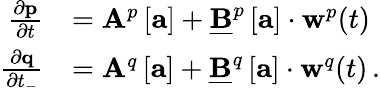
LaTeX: \begin{array}{rl}{\frac{\partial\mathbf{p}}{\partial t}}&{=\mathbf{A}^{p}\left[\mathbf{a}\right]+\underline{{\mathbf{B}}}^{p}\left[\mathbf{a}\right]\cdot\mathbf{w}^{p}(t)\, }\\ {\frac{\partial\mathbf{q}}{\partial t_{-}}}&{=\mathbf{A}^{q}\left[\mathbf{a}\right]+\underline{{\mathbf{B}}}^{q}\left[\mathbf{a}\right]\cdot\mathbf{w}^{q}(t)\, .}\end{array}